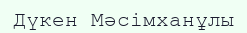
Дүкен Мәсімханұлы